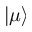
\left| \mu \right>